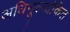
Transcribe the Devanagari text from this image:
अधिमूल्यांकित